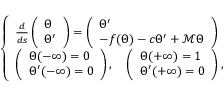
\left\{ \begin{array} { l l } { \frac { d } { d s } \left( \begin{array} { l } { { \Theta } } \\ { { \Theta } ^ { \prime } } \end{array} \right) = \left( \begin{array} { l } { { \Theta } ^ { \prime } } \\ { - f ( { \Theta } ) - c { \Theta } ^ { \prime } + { \mathcal M } { \Theta } } \end{array} \right) } \\ { \left( \begin{array} { l } { { \Theta } ( - \infty ) = 0 } \\ { { \Theta } ^ { \prime } ( - \infty ) = 0 } \end{array} \right) , \quad \left( \begin{array} { l } { { \Theta } ( + \infty ) = 1 } \\ { { \Theta } ^ { \prime } ( + \infty ) = 0 } \end{array} \right) , } \end{array} \right.